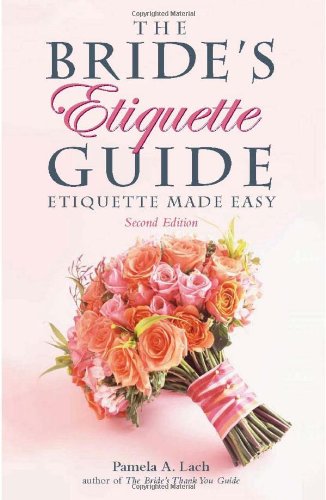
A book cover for The Bride's Etiquette Guide: Etiquette Made Easy; Pamela A. Lach; Crafts, Hobbies & Home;